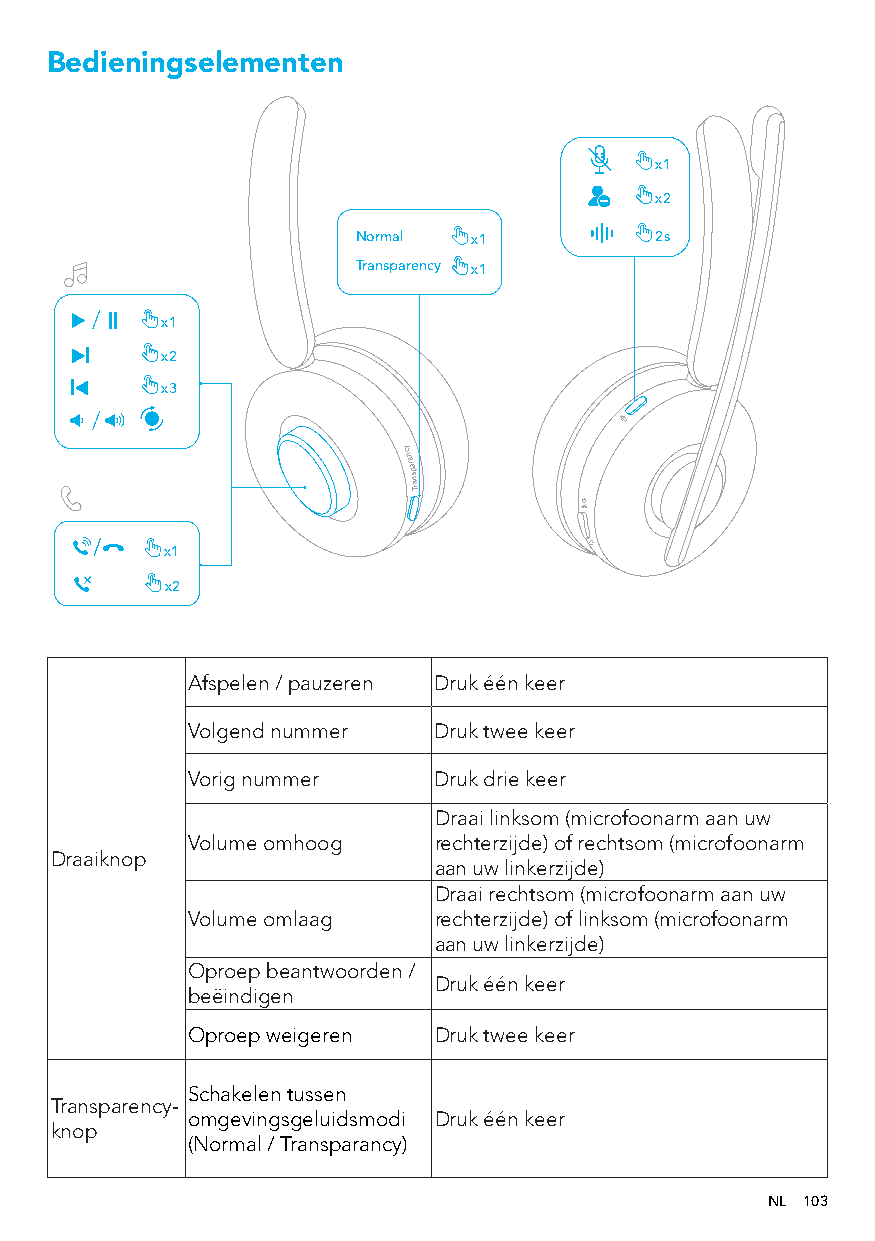
Bedieningselementen
 x1
 x2
 Normal x1          2s
 Transparency x1
 x1
 x2
 x3
 x x1
 2
 ycnerapsnarT
 Afspelen / pauzeren Druk één keer
 Volgend nummer   Druk twee keer
 Vorig nummer     Druk drie keer
 Draai linksom (microfoonarm aan uw
 Volume omhoog    rechterzijde) of rechtsom (microfoonarm
 Draaiknop
 aan uw linkerzijde)
 Draai rechtsom (microfoonarm aan uw
 Volume omlaag    rechterzijde) of linksom (microfoonarm
 aan uw linkerzijde)
 Oproep beantwoorden /
 Druk één keer
 beëindigen
 Oproep weigeren  Druk twee keer
 Schakelen tussen
 Transparency-
 omgevingsgeluidsmodi Druk één keer
 knop
 (Normal / Transparancy)
 NL 103